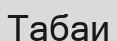
Табаи